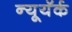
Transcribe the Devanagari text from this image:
न्यूयॅर्क